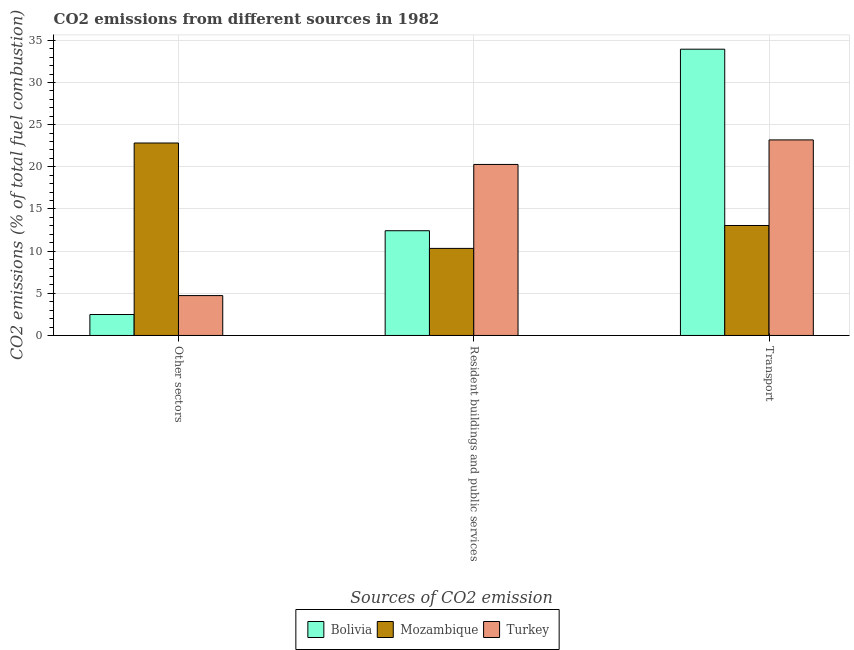
| Sources of CO2 emission | Bolivia | Mozambique | Turkey |
 | --- | --- | --- | --- |
 | Other sectors | 2.48 | 22.8 | 4.73 |
 | Resident buildings and public services | 12.4 | 10.3 | 20.3 |
 | Transport | 34 | 13 | 23.2 |